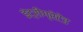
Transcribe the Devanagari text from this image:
इंट्रीग्रेटेड